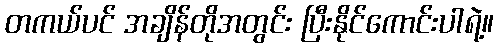
တကယ်ပင် အချိန်တိုအတွင်း ပြီးနိုင်ကောင်းပါရဲ့။